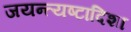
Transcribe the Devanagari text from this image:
जयन्त्यष्टादिशा